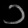
Digit: ၁